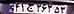
۴۱ج۳۶۲۵۳